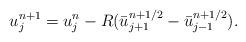
LaTeX: \begin{align*}u^{n+1}_{j}=u^{n}_{j}-R( \bar{u}^{n+1/2}_{j+1}- \bar{u}^{n+1/2}_{j-1}).\end{align*}